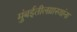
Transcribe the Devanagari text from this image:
मुंबईतीलग्रास्‍थांना